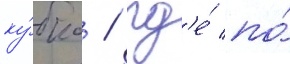
ку́бка / гд'е́ по́